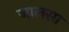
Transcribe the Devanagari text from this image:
जालसा